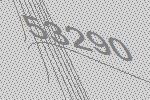
53290